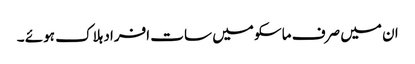
ان میں صرف ماسکو میں سات افراد ہلاک ہوئے ۔